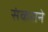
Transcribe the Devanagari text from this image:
संकराने